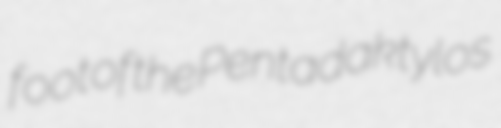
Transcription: foot of the Pentadaktylos